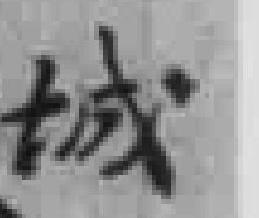
城